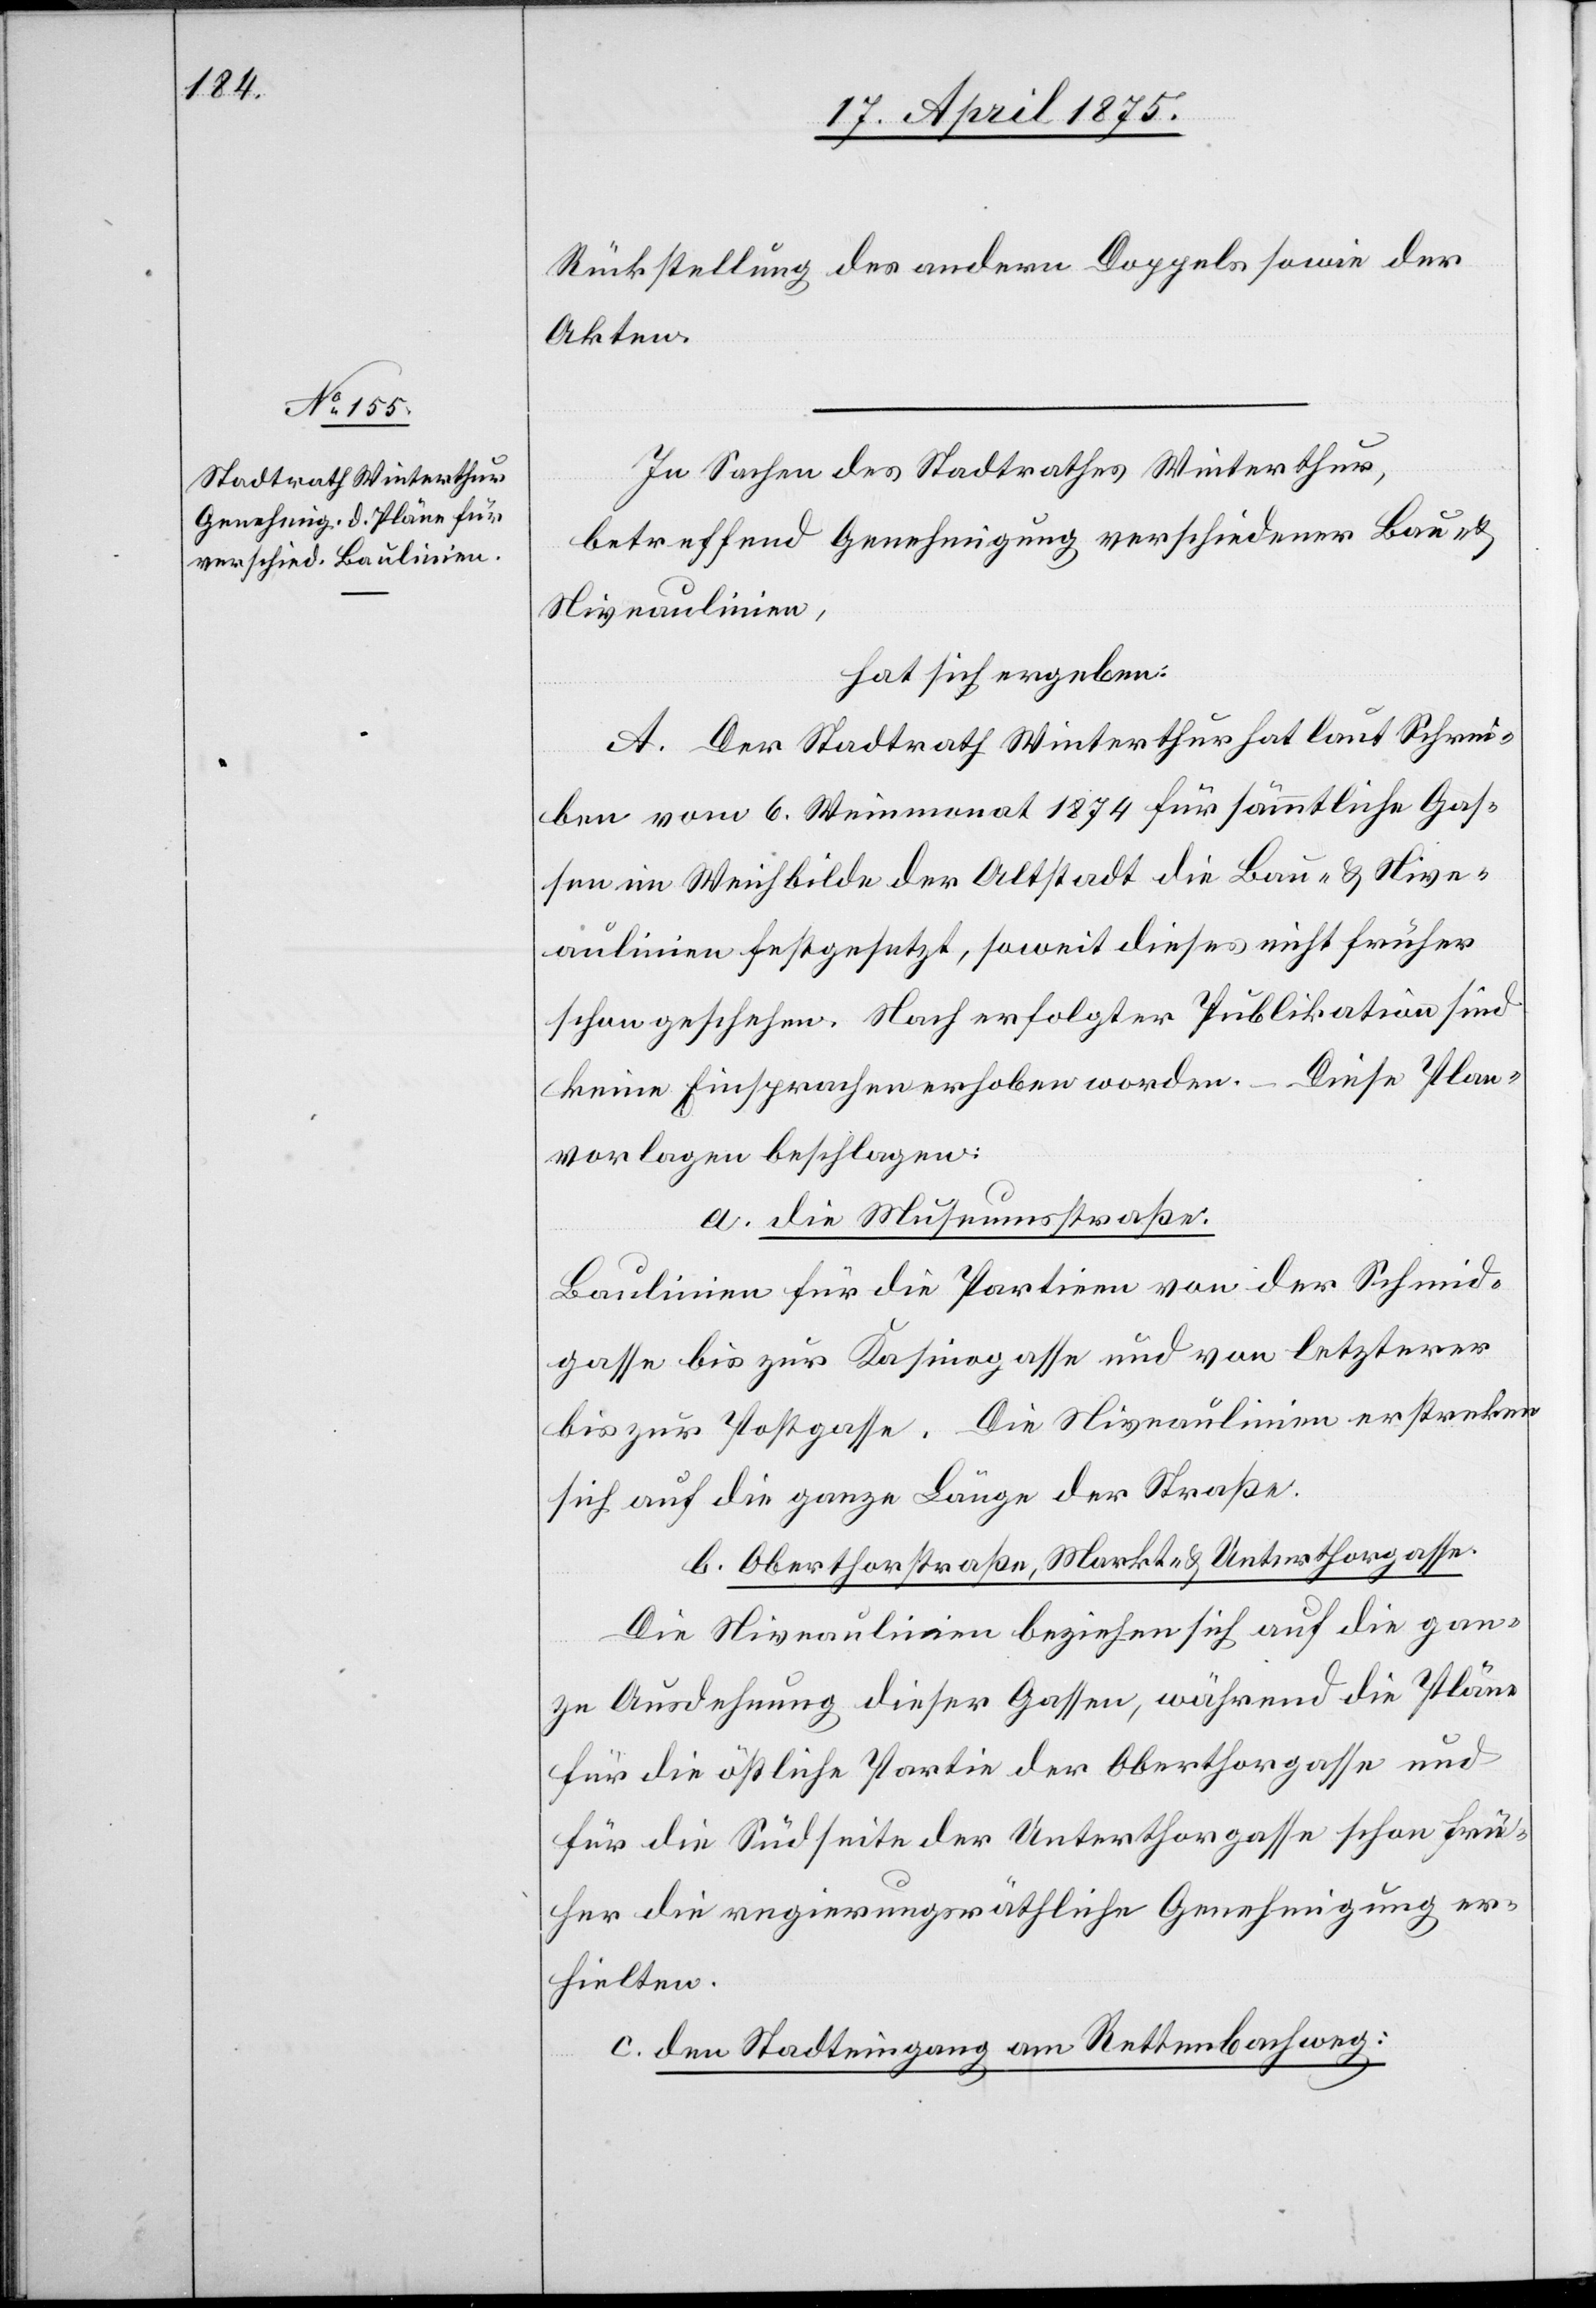
Rückstellung des andern Doppels der
Akten.
In Sachen des Stadtrathes Winterthur,
betreffend Genehmigung verschiedener Bau- &
Niveaulinien,
hat sich ergeben:
A. Der Stadtrath Winterthur hat laut Schrei¬
ben vom 6. Weinmonat 1874 für sämmtliche Gas¬
sen im Weichbilde der Anstalt die Bau- & Nive¬
aulinien festgesetzt, soweit dieses nicht früher
schon geschehen. Nach erfolgter Publikation sind
keine Einsprachen erhoben worden. – Diese Plan¬
vorlagen beschlagen:
a. die Museumsstraße.
Baulinien für die Partien von der Schmid¬
gasse bis zur Kasinogasse und von letzterer
bis zur Postgasse. Die Niveaulinien erstreken
sich auf die ganze Länge der Straße.
b. Oberthorstraße, Markte & Unterthorgasse.
Die Niveaulinien beziehen sich auf die gan¬
ze Ausdehnung dieser Gassen, während die Pläne
für die östliche Partie der Oberthorgasse und
für die Südseite der Unterthorgasse schon frü¬
her die regierungsräthliche Genehmigung er¬
hielten.
c. den Stadteingang am Rettenbachweg: